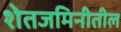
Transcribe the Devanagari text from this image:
शेतजमिनीतील